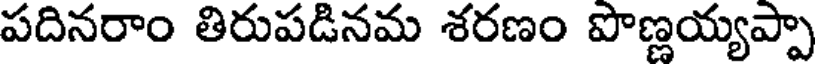
పదినరాం తిరుపడినమ శరణం పొణ్ణయ్యప్పా